Leningradi_Edasi_toimetus, lk 77
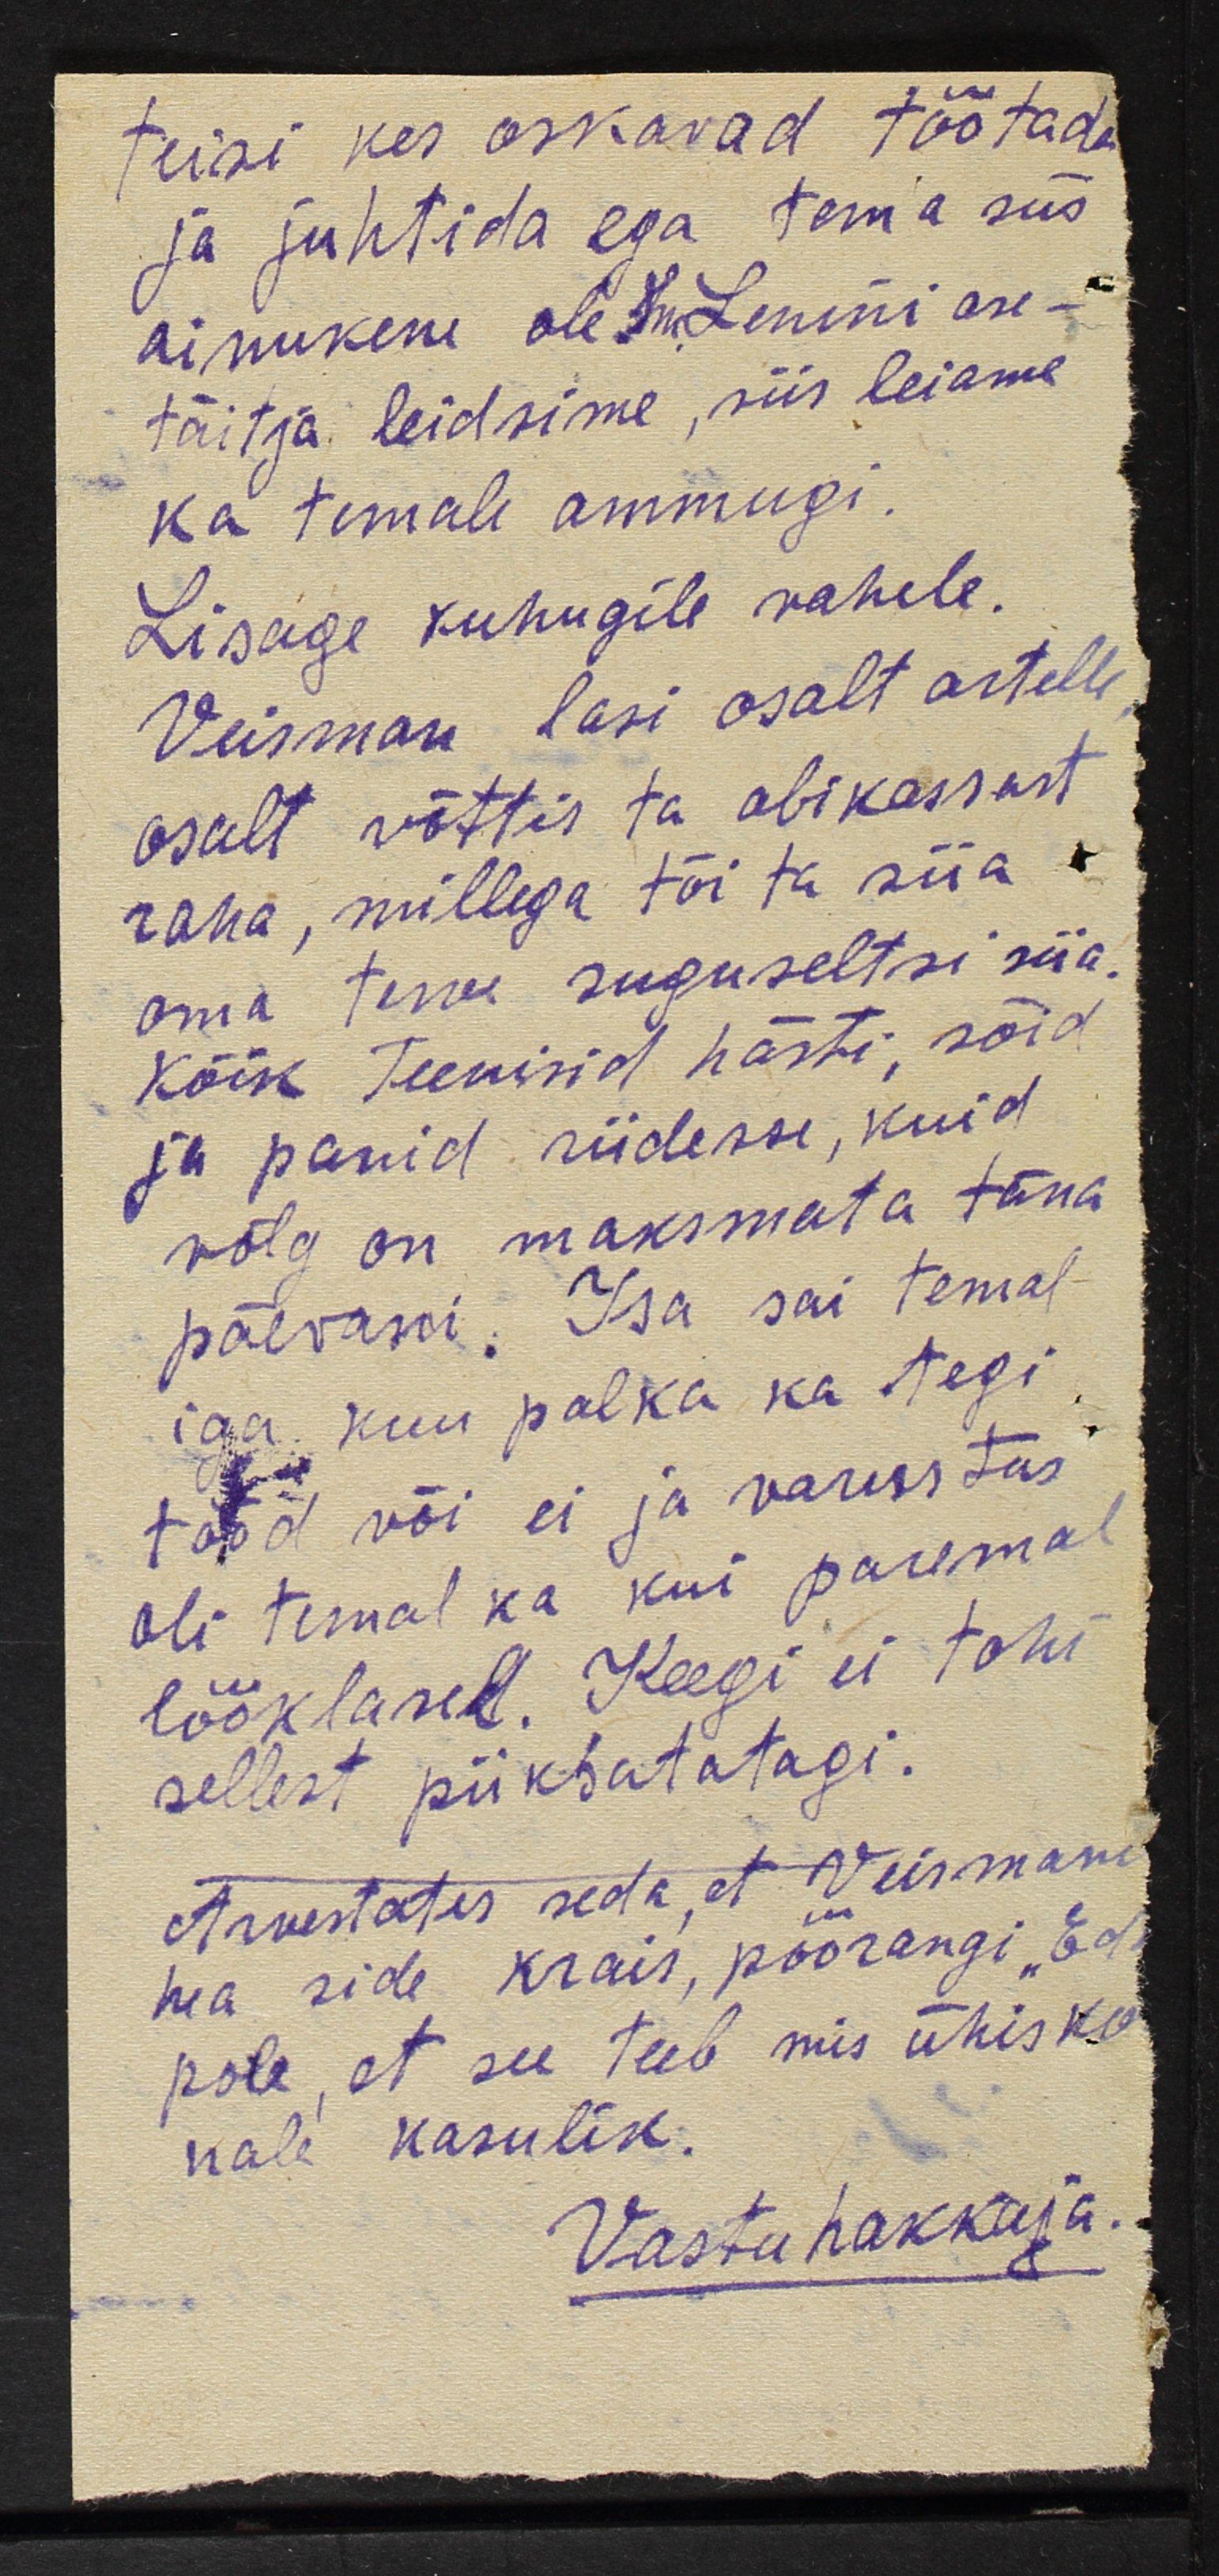
teisi kes oskavad töötada
ja juhtida ega tema siis
ainukene ole. Sm. Lenini ase-
täitja leidsime, siis leiame
ka temale ammugi.
Lisage kuhugile vahele.
Veisman lasi osalt artelle
osalt võttis ta abikassast
raha, millega tõi ta siia
oma terve suguseltsi siia.
Kõik teenisid hästi, sõid
ja panid riidesse, kuid
võlg on maksmata täna
päevani. Isa sai temal
iga kuu palka ka tegi
tööd või ei ja varustus
oli temal ka kui paremal
lööklased. Keegi ei tohi
sellest piiksatatagi.
Arvestates seda, et Veismani
hea side krais, pöörangi "Ed
pole, et see teeb mis ühisko
nale kasulik.
Vastuhakkaja.